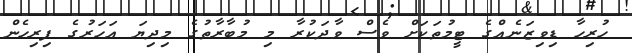
ހުރިހާ ޑިވިޒަނެއްގެ ޓީމުތަކަށް ވެސް ވާދަކުރާ މި މުބާރާތުގެ މިދިޔަ އަހަރުގެ ފިރިހެން